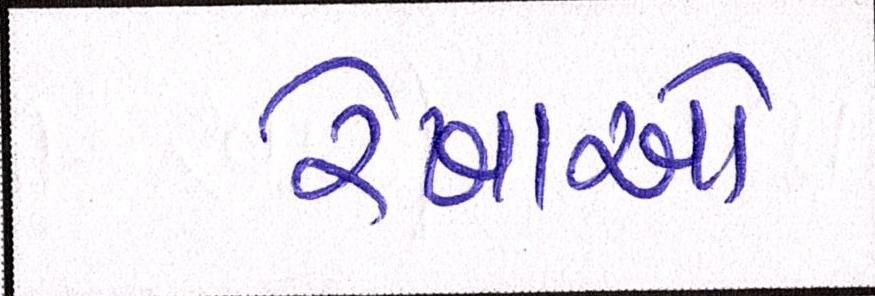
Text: રેખાઓ